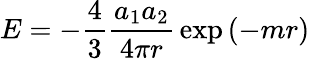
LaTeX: E=-{\frac{4}{3}}{\frac{a_{1}a_{2}}{4\pi r}}\exp\left(-mr\right)